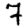
Digit: 7